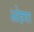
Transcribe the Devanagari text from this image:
ओहवा